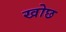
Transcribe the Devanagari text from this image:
खोछ